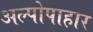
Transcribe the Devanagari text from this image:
अल्पोपाहार